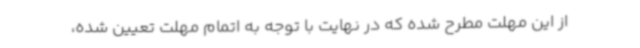
از این مهلت مطرح شده که در نهایت با توجه به اتمام مهلت تعیین شده،